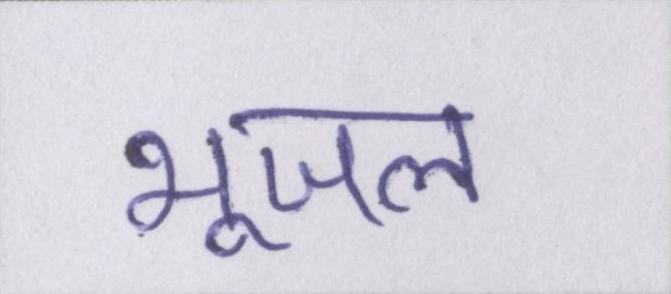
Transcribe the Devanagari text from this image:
भूजल